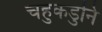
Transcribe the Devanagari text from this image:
चहुकडुनि